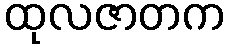
ထုလဇာတက